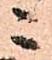
ニ